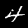
Label: 4